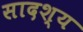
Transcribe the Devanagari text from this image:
सादश्य